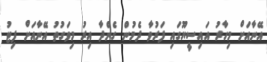
އޭނާއަށް މިހާރު އައިސީޔޫގައި ފަރުވާ ދެމުން ގެންދާ އިރު މިވަގުތު އޭނާއަށް ފިޓު